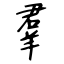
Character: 羣